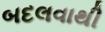
બદલવાથી